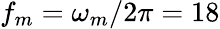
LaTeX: f_{m}=\omega_{m}/2\pi=18